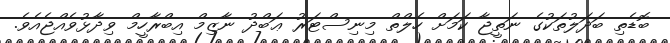
ބޮޑެތި ބަދަލުތަކުގެ ނަތީޖާ ކަމަށް ހެލްތް މިނިސްޓަރު ޢަބްދު ނާޒިމް އިބްރާހީމް ވިދާޅުވެއްޖެއެވެ.